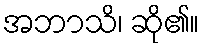
အဘာသိ၊ ဆို၏။